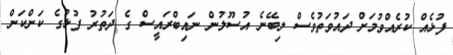
ފުޅެއް ކުރެއްވުމަށް ދައުވަތުވެސް ލިބޭނެ އުސޫލުން ނައިބްރައީސް ގެ ދަތުރު ފުޅުގެ ކަންކަން